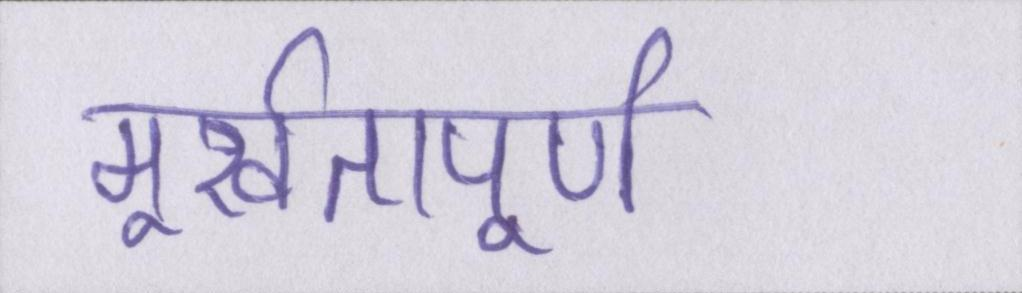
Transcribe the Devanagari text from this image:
मूर्खतापूर्ण